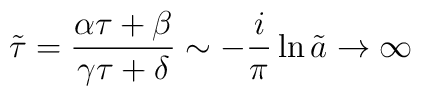
\tilde{\tau}=\frac{\alpha \tau + \beta}{\gamma \tau + \delta} \sim -\frac{i}{\pi} \ln \tilde{a} \rightarrow \infty